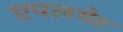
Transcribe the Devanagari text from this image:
एपलगेट